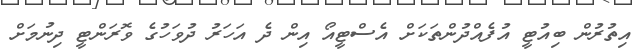
އިތުރުން ބިއުޓީ އުފެއްދުންތަކަށް އެސްޓީއޯ އިން ދެ އަހަރު ދުވަހުގެ ވޮރަންޓީ ދިނުމަށް